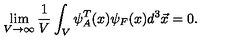
\lim _ { V \rightarrow \infty } \frac { 1 } { V } \int _ { V } \psi _ { A } ^ { T } ( x ) \psi _ { F } ( x ) d ^ { 3 } \vec { x } = 0 .